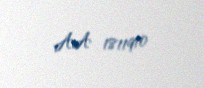
AA 1811910